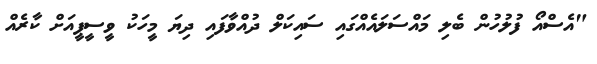
"އެސްއޯ ފުލުހުން ބެލި މައްސަލައެއްގައި ސައިކަލް ދުއްވާފައި ދިޔަ މީހަކު ވީސީޕީއަށް ކާރެއް